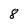
Character: 8